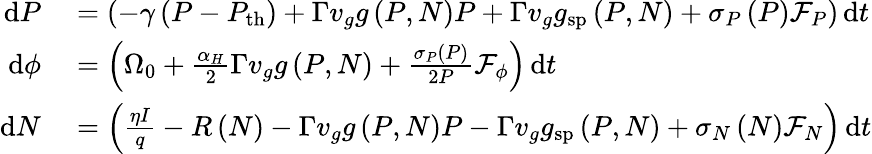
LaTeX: \begin{array}{rl}{\mathrm{d}P}&{{}=\left(-\gamma\left(P-P_{\mathrm{th}}\right)+\Gamma v_{g}g\left(P,N\right)P+\Gamma v_{g}g_{\mathrm{sp}}\left(P,N\right)+\sigma_{P}\left(P\right)\mathcal{F}_{P}\right)\, \mathrm{d}t}\\ {\mathrm{d}\phi}&{{}=\left(\Omega_{0}+\frac{\alpha_{H}}{2}\Gamma v_{g}g\left(P,N\right)+\frac{\sigma_{P}\left(P\right)}{2P}\mathcal{F}_{\phi}\right)\, \mathrm{d}t}\\ {\mathrm{d}N}&{{}=\left(\frac{\eta I}{q}-R\left(N\right)-\Gamma v_{g}g\left(P,N\right)P-\Gamma v_{g}g_{\mathrm{sp}}\left(P,N\right)+\sigma_{N}\left(N\right)\mathcal{F}_{N}\right)\, \mathrm{d}t}\end{array}